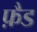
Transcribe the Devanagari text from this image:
फ़ैड